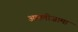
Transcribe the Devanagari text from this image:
अमलीजामा